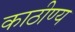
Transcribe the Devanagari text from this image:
काठीण्य